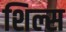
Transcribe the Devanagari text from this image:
शिल्स